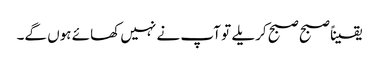
یقیناً صبح صبح کریلے تو آپ نے نہیں کھائے ہوں گے۔